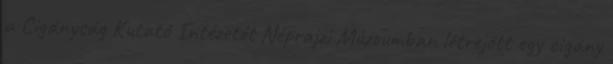
a Cigányság Kutató Intézetét Néprajzi Múzeumban létrejött egy cigány